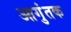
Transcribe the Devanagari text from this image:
आगुंतक